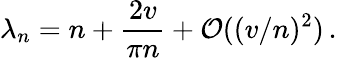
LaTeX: \lambda_{n}=n+\frac{2v}{\pi n}+{\cal O}((v/n)^{2})\, .